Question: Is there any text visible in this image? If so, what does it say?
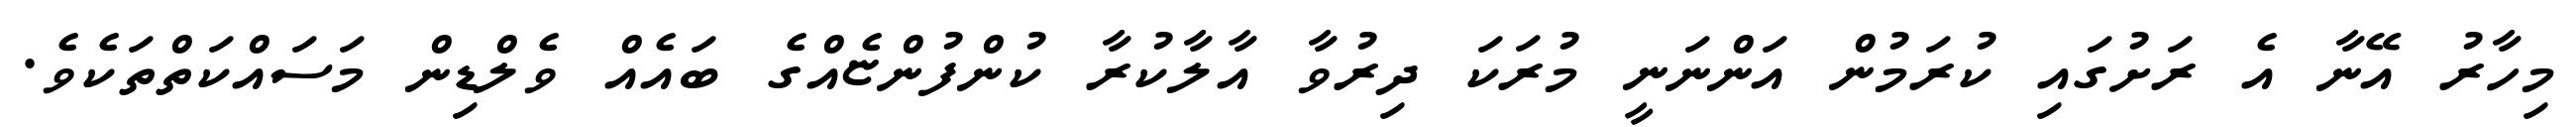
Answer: މިހާރު އޭނާ އެ ރަށުގައި ކުރަމުން އަންނަނީ މުރަކަ ދިރުވާ އާލާކުރާ ކުންފުންޏެއްގެ ބައެއް ވެލްޑިން މަސައްކަތްތަކެވެ.